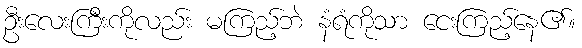
ဦးလေးကြီးကိုလည်း မကြည့်ဘဲ နံရံကိုသာ ငေးကြည့်နေ၏။